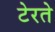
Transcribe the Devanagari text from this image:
टेरते